Calcutta medical institutions reports 1892-1900
Year: 1892
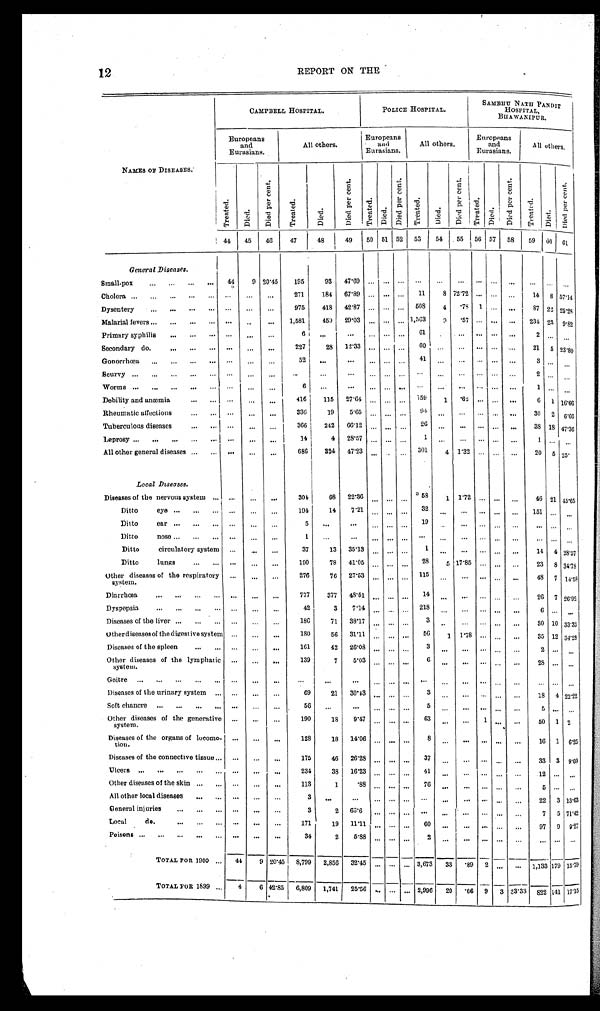
12
REPORT ON THE
NAMES OF DI S EAS ES .
CAMPBELL HOSPI TAL.
P O L I C E H O S P I T A L .
S A M B H U N A T H P A N D I T H O S P I T A L , B H A W A N I P U R .
E u r o p e a n s a n d E u r a s i a n s .
A l l o t h e r s . E u r o p e a n s a n d E u r a s i a n s .
A l l o t h e r s .
E u r o p e a n s a n d E u r a s i a n s .
A l l o t h e r s .
T r e a t e d .
D i e d .
D i e d p e r c e n t .
T r e a t e d .
D i e d .
D i e d p e r c e n t .
T r e a t e d .
D i e d .
D i e d p e r c e n t .
T r e a t e d .
D i e d .
D i e d p e r c e n t .
T r e a t e d .
D i e d .
D i e d p e r c e n t .
T r e a t e d .
4 4 4 5
4 6
4 7
4 8
4 9
5 0
5 1 5 2
5 3
5 4
5 5
5 6 5 7
5 8 5 9
6 0
G e n e r a l D i s e a s e s .
Small-pox
4 4
9 2 0 · 4 5
1 9 5
9 3
4 7 · 6 9
. . . . . .
. . . . . .
. . .
. . .
. . . . . . . . .
. . .
. . .
Cholera
. . .
. . .
. . .
2 7 1
1 8 4
6 7 · 8 9
. . . . . . . . .
1 1
8 7 2 · 7 2
. . . . . . . . .
1 4
D y s e n t e r y
. . .
. . .
. . .
9 7 5
4 1 8
4 2 · 8 7
. . . . . .
. . .
5 0 8
4
· 7 8
1 . . .
. . .
8 7 2 2
Malarial fevers
. . .
. . .
. . .
1 , 5 8 1
4 5 9 2 9 · 0 3
. . . . . . . . . 1 , 5 6 3
9
· 5 7 . . . . . .
. . .
2 3 4
2 3
Primary syphillis
. . .
. . .
. . .
6 . . .
. . .
. . . . . . . . . .
6 1
. . .
. . .
. . . . . .
. . . 2
. . .
Secondary do.
. . .
. . .
. . .
2 2 7 2 8
1 2 · 3 3
. . . . . . . . .
6 0 . . .
. . .
. . . . . . . . .
2 1
Gonorrhœa
. . .
. . .
. . .
5 2
. . .
. . .
. . . . . . . . .
4 1
. . .
. . . . . .
. . .
. . .
3
Scurvy
. . .
. . .
. . .
. . .
. . . . . .
. . . . . .
. . . . . .
. . .
. . .
. . . . . . . . .
2 . . .
Worms
. . .
. . .
. . .
6
. . .
. . .
. . . . . . . . .
. . .
. . .
. . .
. . . . . .
. . .
1 . . .
Debility and anæmia
. . . . . .
. . .
4 1 6
1 1 5
2 7 · 6 4
. . . . . . . . .
1 5 9
1
. 6 2
. . . . . .
. . .
6
Rheumatic affections
. . .
. . .
. . .
3 3 6
1 9
5 · 6 5
. . . . . . . . .
9 4
. . .
. . .
. . . . . .
. . .
3 0
Tuberculous diseases
. . .
. . .
. . . 3 6 6
2 4 2
6 6 · 1 2
. . .
. . . . . .
2 6
. . .
. . .
. . . . . .
. . .
3 8
Leprosy
. . .
. . .
. . .
1 4
4 2 8 · 5 7
. . . . . . . . .
1 . . .
. . .
. . . . . .
. . . 1
. . .
All other general diseases
. . .
. . .
. . .
6 8 6
3 2 4
4 7 · 2 3
. . . . . .
. . .
3 0 1
4 1 · 3 2
. . . . . .
. . .
2 0
Local Diseases.
Diseases of the nervous system
. . .
. . .
. . .
3 0 4
6 8
2 2 · 3 6 . . .
. . . . . .
5 8
1 1 · 7 2
. . . . . .
. . .
4 6
D i t t o e y e
. . .
. . .
. . .
1 9 4
1 4
7 · 2 1 . . .
. . . . . .
3 2
. . .
. . .
. . . . . .
. . .
1 5 1
D i t t o e a r
. . .
. . .
. . .
5
. . .
. . .
. . . . . . . . .
1 9 . . .
. . . . . .
. . . . . .
. . .
Ditto
nose
. . .
. . .
. . .
1
. . .
. . . . . . . . .
. . .
. . .
. . .
. . .
. . . . . .
. . .
. . .
Ditto
circulatory system . . .
. . .
. . .
3 7
1 3
3 5 · 1 3
. . . . . .
. . .
1 . . .
. . .
. . . . . .
. . .
1 4
Ditto
lungs
. . .
. . .
. . .
1 9 0
7 8
4 1 · 0 5
. . . . . . . . .
2 8
5 1 7 · 8 5
. . . . . .
. . .
2 3
Other diseases of the respiratory system. . . .
. . .
. . .
2 7 6
7 6
2 7 · 5 3
. . . . . .
. . .
1 1 5
. . .
. . .
. . . . . .
. . .
4 8
Diarrhœa
. . .
. . .
. . .
7 7 7
3 7 7
4 8 · 5 1
. . . . . . . . .
1 4
. . .
. . .
. . . . . . . . .
2 6
Dyspepsia
. . .
. . .
. . .
4 2 3
7 · 1 4
. . . . . .
. . .
2 1 8 . . .
. . .
. . . . . .
. . .
6 . . .
Diseases of the liver
. . .
. . .
. . .
1 8 6
7 1
3 8 · 1 7
. . . . . . . . .
3 . . .
. . .
. . .
. . .
. . .
3 0
Other diseases of the digestive system
. . .
. . .
. . .
1 8 0 5 6
3 1 · 1 1
. . .
. . . . . .
5 6
1 1 · 7 8
. . . . . .
. . .
3 5
Diseases of the spleen
. . .
. . .
. . .
1 6 1
4 2
2 6 · 0 8
. . . . . . . . .
3 . . .
. . .
. . . . . . . . .
2 . . .
Other diseases of the lymphatic system.
. . .
. . .
. . .
1 3 9 7
5 · 0 3
. . . . . . . . .
6 . . .
. . .
. . . . . .
. . . 2 8
. . .
Goitre
. . .
. . .
. . .
. . .
. . .
. . .
. . . . . . . . .
. . .
. . .
. . .
. . . . . .
. . .
. . .
Diseases of the urinary system
. . .
. . .
. . .
6 9
2 1
3 0 · 4 3
. . . . . . . . .
3 . . .
. . . . . .
. . .
. . .
1 8
Soft chancre
. . .
. . .
. . . 5 6
. . .
. . .
. . . . . . . . .
5 . . .
. . .
. . . . . .
. . .
5 . . .
Other diseases of the generative system. . . .
. . .
. . .
1 9 0 1 8
9 · 4 7
. . . . . . . . .
6 3
. . .
. . . . . . . . . . . .
5 0 1
Diseases of the organs of locomo-tion. . . .
. . .
. . .
1 2 8 1 8
1 4 · 0 6
. . . . . .
. . . 8
. . .
. . .
1 . . .
. . .
1 6 1
Diseases of the connective tissue . . .
. . .
. . .
1 7 5 4 6
2 6 · 2 8
. . . . . .
. . . 3 7
. . .
. . .
. . . . . . . . .
3 3 3
Ulcers
. . .
. . .
. . .
2 3 4 3 3
1 6 · 2 3
. . . . . .
. . 4 1
. . .
. . .
. . . . . . . . .
1 2 . . .
Other diseases of the skin
. . .
. . .
. . .
1 1 3 1
· 8 8
. . . . . .
. . . 7 6
. . .
. . .
. . . . . . . . .
5
. . .
All other local diseases
. . .
. . .
. . . 3
. . .
. . . . . . . . .
. . .
. . .
. . .
. . .
. . . . . .
. . .
2 2 3
General injuries
. . .
. . .
. . . 3
2
6 8 · 6
. . . . . .
. . .
. . .
. . . . . .
. . .
. . .
. . .
7 5
Local do.
. . .
. . .
. . .
1 7 1 1 9
1 1 · 1 1
. . . . . .
. . . 6 0
. . .
. . .
. . . . . . . . .
9 7 9
Poisons
. . .
. . .
. . .
3 4
2
5 · 8 8
. . . . . .
. . . 2
. . .
. . .
. . . . . . . . .
. . . . . .
T O T A L F O R 1 9 0 0
4 4
9
2 0 · 4 5
8 , 7 9 9
2 , 8 5 6
3 2 · 4 5 . . .
. . .
. . . 3 , 6 7 3
3 3
· 8 9 2
. . .
. . .
1 , 1 3 3
T O T A L F O R 1 8 9 9
4
6
4 2 · 8 5
6 , 8 0 9
1 , 7 4 1
2 5 · 5 6 . . . . . .
. . .
2 , 9 9 6
2 0
· 6 6 9 3
3 3 · 3 3
8 2 2